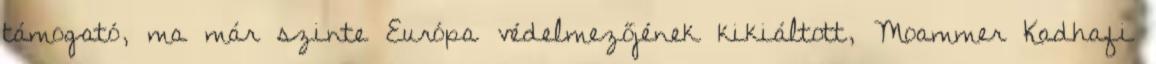
támogató, ma már szinte Európa védelmezőjének kikiáltott, Moammer Kadhafi